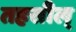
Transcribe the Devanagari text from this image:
तहसील्